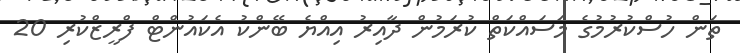
ތަން ހުސްކުރުމުގެ މަސައްކަތް ކުރަމުން ދާއިރު އިއްޔެ ބޭންކު އެކައުންޓް ފްރީޒްކުރި 20